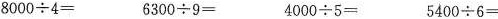
$$8 0 0 0 \div 4 =$$ $$6 3 0 0 \div 9 =$$ $$4 0 0 0 \div 5 =$$ $$5 4 0 0 \div 6 =$$